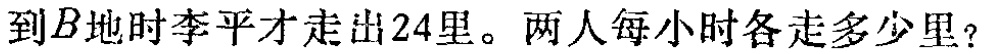
到\(B\)地时李平才走出\(24\)里。两人每小时各走多少里？